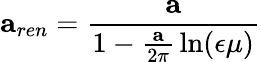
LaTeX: {\mathbf a}_{ren}={\frac{\mathbf a}{1-{\frac{\mathbf a}{2\pi}}\ln({\epsilon\mu})}}